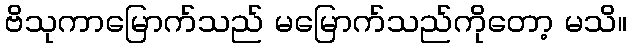
ဗိသုကာမြောက်သည် မမြောက်သည်ကိုတော့ မသိ။